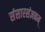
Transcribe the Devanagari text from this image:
संसारसंज्ञकम्